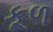
કૂળ